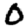
Digit: 0